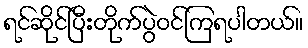
ရင်ဆိုင်ပြီးတိုက်ပွဲဝင်ကြရပါတယ်။